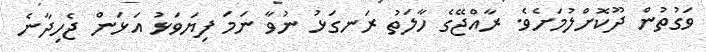
ވަގުތުން ދޫކޮށްލުމަށެވެ. ރާއްޖޭގެ ހާލަތު ރަނގަޅު ނުވާ ނަމަ ފިޔަވަޅު އަޅަން ޖެހިދާނެ